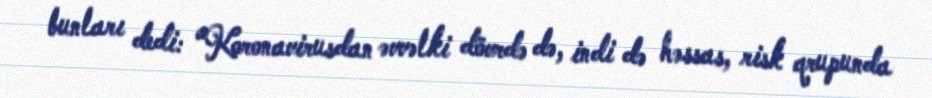
bunları dedi: “Koronavirusdan əvvəlki dövrdə də, indi də həssas, risk qrupunda